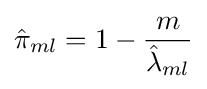
{\hat {\pi }}_{ml}=1-{\frac {m}{{\hat {\lambda }}_{ml}}}